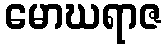
မောဃရာဇ